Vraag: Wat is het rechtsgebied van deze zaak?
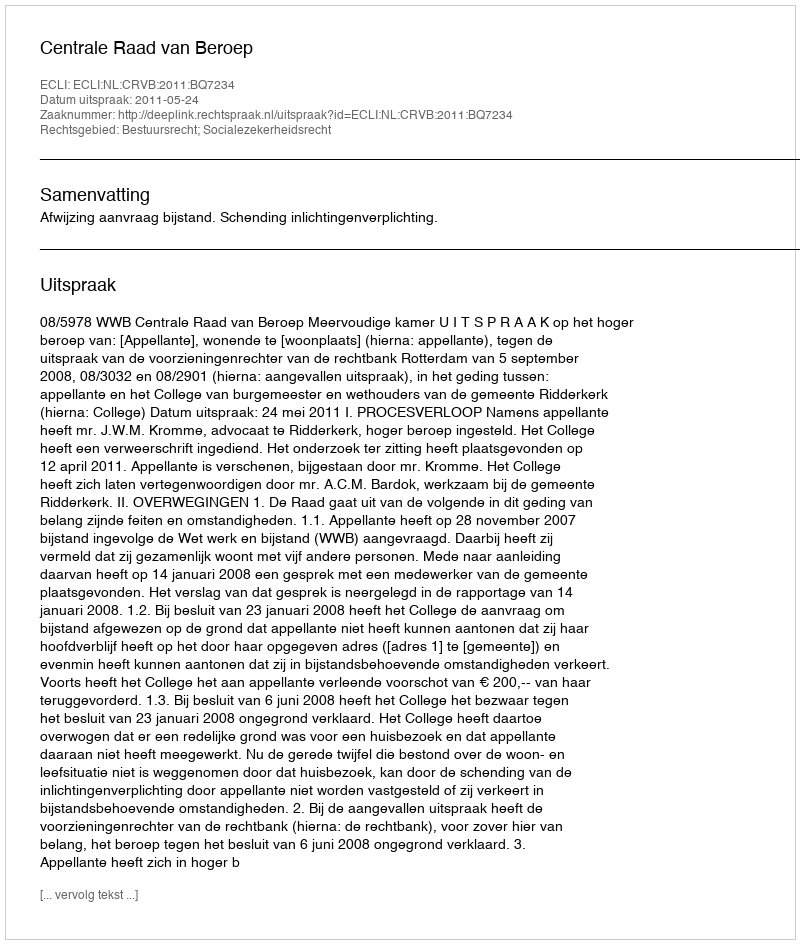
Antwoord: Bestuursrecht; Socialezekerheidsrecht